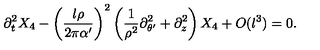
\partial _ { t } ^ { 2 } X _ { 4 } - \left( { \frac { l \rho } { 2 \pi \alpha ^ { \prime } } } \right) ^ { 2 } \left( { \frac { 1 } { \rho ^ { 2 } } } \partial _ { \theta ^ { \prime } } ^ { 2 } + \partial _ { z } ^ { 2 } \right) X _ { 4 } + O ( l ^ { 3 } ) = 0 .